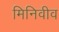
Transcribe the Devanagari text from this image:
मिनिवीव